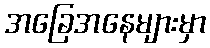
အခြေအနေများမှာ